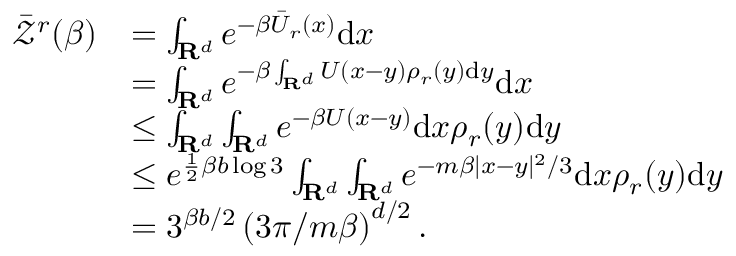
\begin{array} { r l } { \Bar { \mathcal { Z } } ^ { r } ( \beta ) } & { = \int _ { \mathbf { R } ^ { d } } e ^ { - \beta \Bar { U } _ { r } \left( x \right) } \mathrm { d } x } \\ & { = \int _ { \mathbf { R } ^ { d } } e ^ { - \beta \int _ { \mathbf { R } ^ { d } } U ( x - y ) \rho _ { r } ( y ) \mathrm { d } y } \mathrm { d } x } \\ & { \le \int _ { \mathbf { R } ^ { d } } \int _ { \mathbf { R } ^ { d } } e ^ { - \beta U ( x - y ) } \mathrm { d } x \rho _ { r } ( y ) \mathrm { d } y } \\ & { \le e ^ { \frac { 1 } { 2 } \beta b \log 3 } \int _ { \mathbf { R } ^ { d } } \int _ { \mathbf { R } ^ { d } } e ^ { - m \beta | x - y | ^ { 2 } / 3 } \mathrm { d } x \rho _ { r } ( y ) \mathrm { d } y } \\ & { = 3 ^ { \beta b / 2 } \left( 3 \pi / m \beta \right) ^ { d / 2 } . } \end{array}